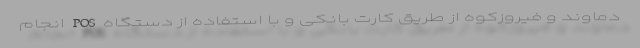
دماوند و فیروزکوه از طریق کارت بانکی و با استفاده از دستگاه POS انجام